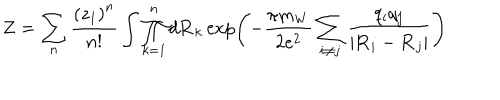
Z = \sum _ { n } { \frac { \left( z _ { 1 } \right) ^ { n } } { n ! } } \int \prod _ { k = 1 } ^ { n } d { \bf R } _ { k } \exp \left( - { \frac { \pi m _ { W } } { 2 e ^ { 2 } } } \sum _ { i \not = j } { \frac { q _ { i } q _ { j } } { \vert { \bf R } _ { i } - { \bf R } _ { j } \vert } } \right)